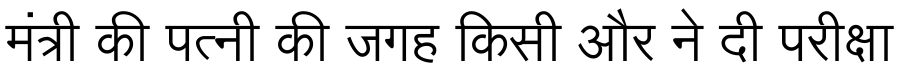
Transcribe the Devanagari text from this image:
मंत्री की पत्नी की जगह किसी और ने दी परीक्षा